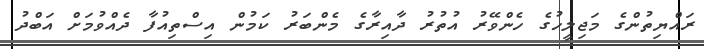
ރައްޔިތުންގެ މަޖިލީހުގެ ހެންވޭރު އުތުރު ދާއިރާގެ މެންބަރު ކަމުން އިސްތިއުފާ ދެއްވުމަށް އަބްދު